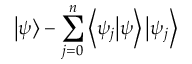
\left| { \psi } \right\rangle - \sum _ { j = 0 } ^ { n } \left\langle { \psi _ { j } } \middle | { \psi } \right\rangle \left| { \psi _ { j } } \right\rangle